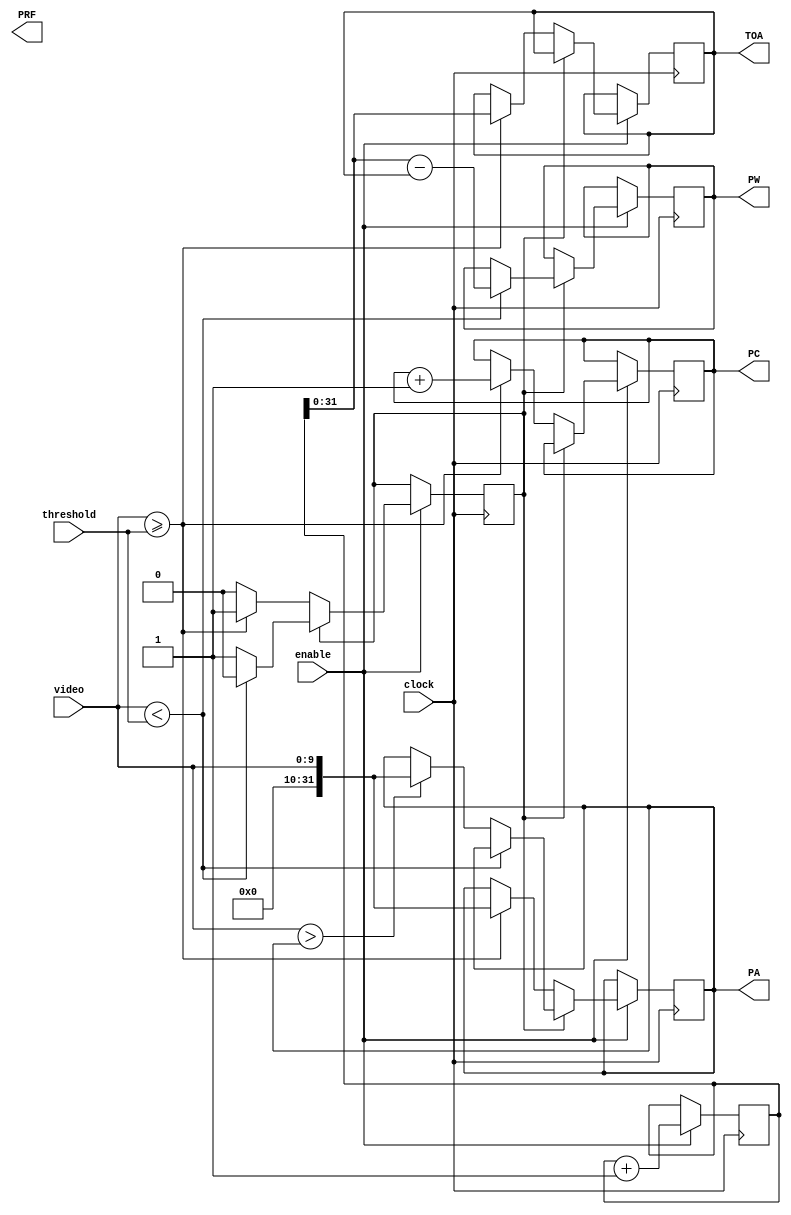
`timescale 1ns / 1ps
//////////////////////////////////////////////////////////////////////////////////
// Company: 
// Engineer: 
// 
// Design Name: 
// Module Name:    PD-1TH 
// Project Name: 
// Target Devices: 
// Tool versions: 
// Description: 
//
// Dependencies: 
//
// Revision: 
// Revision 0.01 - File Created
// Additional Comments: 
//
//////////////////////////////////////////////////////////////////////////////////
module PD1TH #(parameter VIDEO_SIZE=10)(
	 input clock,
	 input enable,
	 input [VIDEO_SIZE-1:0] video,
	 input [VIDEO_SIZE-1:0] threshold,
	 output reg [31:0] PW,
    output reg [31:0] PA,
    output reg [31:0] TOA,
	 output reg [31:0] PRF,
	 output reg [31:0] PC
    );

reg state;
reg [127:0] TIME;

initial begin
	PA = 0;
	PW = 0;
	TOA = 0;
	TIME = 0;
	state = 0;
	PC = 0;
end
	 
always@(posedge clock)begin
	if(enable) begin
		if(state)begin //Pulse Active
			if(video < threshold)begin //Pulse Ended
				state <=0;
				PW <= TIME - TOA;
			end else begin					//Pulse Still Active
				if(video > PA)
					PA <= video;
			end
		end else begin //No Pulse
			if(video >= threshold)begin	//Pulse Detected
				TOA <= TIME;
				PA <= video;
				state <= 1;
				PC <= PC + 1;
			end else begin 					//Still No Pulse
			
			end
		end
		TIME <= TIME + 1;
	end
end

endmodule